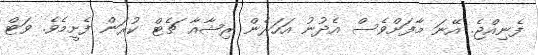
ފެނިއްޖެ. އޭނަ މާފަށްވެސް އެދުނު އަހަރެން ރިޝާއާ ޗެޓް ކުރަން ފެށީމެވެ. ވަޓް